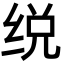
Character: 䌼